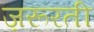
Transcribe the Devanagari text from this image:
ज़रूरती